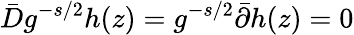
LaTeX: \bar{D}g^{-s/2}h(z)=g^{-s/2}\bar{\partial}h(z)=0